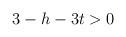
LaTeX: \begin{align*}3-h-3t > 0\; \end{align*}